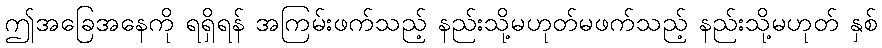
ဤအခြေအနေကို ရရှိရန် အကြမ်းဖက်သည့် နည်းသို့မဟုတ်မဖက်သည့် နည်းသို့မဟုတ် နှစ်